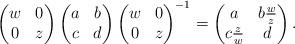
LaTeX: \begin{align*}\begin{pmatrix} w & 0 \\ 0 & z \end{pmatrix} \begin{pmatrix} a & b \\ c & d \end{pmatrix} \begin{pmatrix} w & 0 \\ 0 & z \end{pmatrix}^{-1} = \begin{pmatrix} a & b \frac{w}{z} \\ c \frac{z}{w} & d \end{pmatrix}. \end{align*}